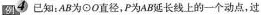
例4 已知:AB为\odot O直径，P为AB延长线上的一个动点，过